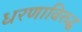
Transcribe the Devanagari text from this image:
धरणाविरुद्ध